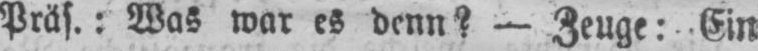
Präs.: Was war es denn? - Zeuge: Ein